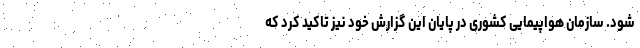
شود. سازمان هواپیمایی کشوری در پایان این گزارش خود نیز تاکید کرد که